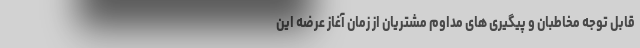
قابل توجه مخاطبان و پیگیری های مداوم مشتریان از زمان آغاز عرضه این